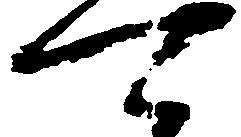
可